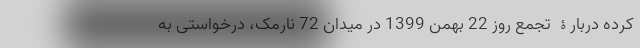
کرده دربارۀ تجمع روز 22 بهمن 1399 در میدان 72 نارمک، درخواستی به